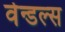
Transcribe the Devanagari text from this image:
वेन्डल्स